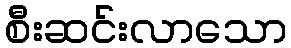
စီးဆင်းလာသော